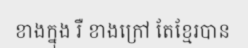
ខាងក្នុង រឺ ខាងក្រៅ តែខ្មែរបាន